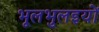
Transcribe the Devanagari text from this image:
भूलभुलइयों